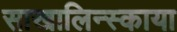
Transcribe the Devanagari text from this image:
साखालिन्स्काया